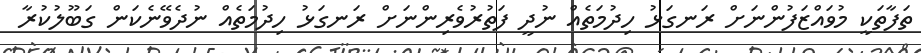
ތަފާތަކީ މުވައްޒަފުންނަށް ރަނގަޅު ހިދުމަތެއް ނުދީ ފަތުރުވެރިންނަށް ރަނގަޅު ހިދުމަތެއް ނުދެވޭނެކަން ގަބޫލުކުރާ